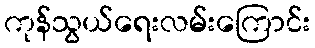
ကုန်သွယ်ရေးလမ်းကြောင်း